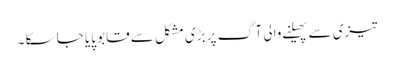
تیزی سے پھیلنے والی آگ پر بڑی مشکل سے قابو پایا جا سکا ۔